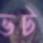
ভট